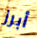
أبرز